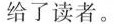
给了读者。